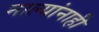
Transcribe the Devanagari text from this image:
नाल्यांनाही